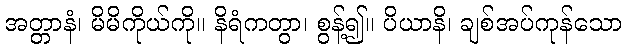
အတ္တာနံ၊ မိမိကိုယ်ကို။ နိရံကတွာ၊ စွန့်၍။ ပိယာနိ၊ ချစ်အပ်ကုန်သော